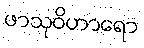
ဖာသုဝိဟာရော